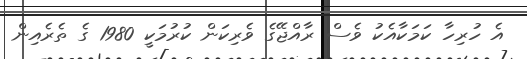
އެ ހުރިހާ ކަމަކާއެކު ވެސް ރާއްޖޭގެ ވެރިކަން ކުރުމަކީ 1980 ގެ ތެރެއިން